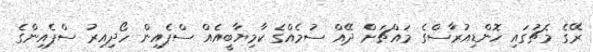
ރޭގެ މެޗުގައި ހޮންޑިއުރާސްގެ މައްޗަށް ދޭއް ސުމެއްގެ ކާމިޔާބީއެއް ސްޕެއިން ހޯދިއިރު ސްޕެއިންގެ